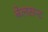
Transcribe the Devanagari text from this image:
बेलसन्द